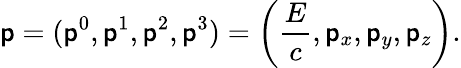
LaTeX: \mathsf{p}=(\mathsf{p}^{0},\mathsf{p}^{1},\mathsf{p}^{2},\mathsf{p}^{3})=\left({\frac{{E}}{{c}}},\mathsf{p}_{x},\mathsf{p}_{y},\mathsf{p}_{z}\right).